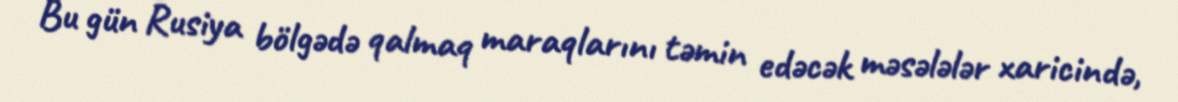
Bu gün Rusiya bölgədə qalmaq maraqlarını təmin edəcək məsələlər xaricində,